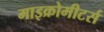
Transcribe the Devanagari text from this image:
माइक्रोमीटर्स